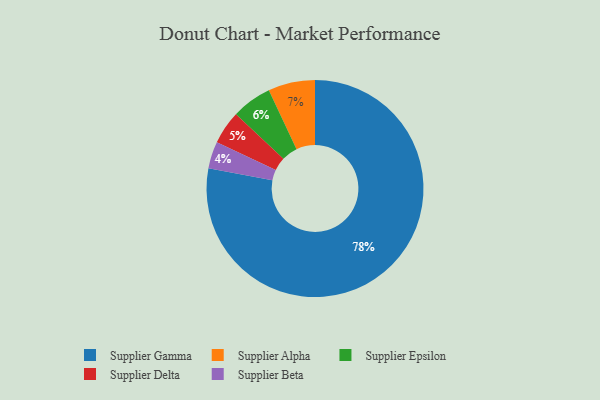
{"axis": {"x": "Category", "y": "Percentage"}, "legend": ["Supplier Alpha", "Supplier Beta", "Supplier Delta", "Supplier Epsilon", "Supplier Gamma"], "data": [{"x": "Supplier Delta", "y": 5, "type": "Supplier Delta"}, {"x": "Supplier Epsilon", "y": 6, "type": "Supplier Epsilon"}, {"x": "Supplier Gamma", "y": 78, "type": "Supplier Gamma"}, {"x": "Supplier Alpha", "y": 7, "type": "Supplier Alpha"}, {"x": "Supplier Beta", "y": 4, "type": "Supplier Beta"}]}